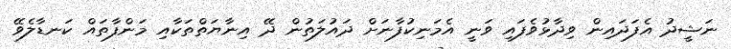
ނަޝީދު އެފަދައިން ވިދާޅުވެފައި ވަނީ އެމަނިކުފާނަށް ދައުލަތުން ދޭ އިނާޔަތްތަކާއި މަންފާތައް ކަނޑާލެވޭ